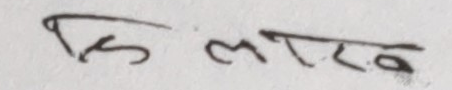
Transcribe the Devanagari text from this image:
मिलान